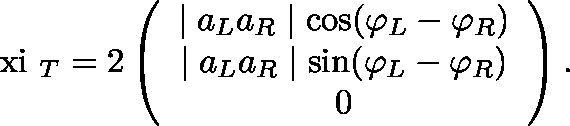
\mathrm { \boldmath ~ \ x i ~ } _ { T } = 2 \left( \begin{array} { c } { { \mid a _ { L } a _ { R } \mid \cos ( \varphi _ { L } - \varphi _ { R } ) } } \\ { { \mid a _ { L } a _ { R } \mid \sin ( \varphi _ { L } - \varphi _ { R } ) } } \\ { { 0 } } \end{array} \right) .